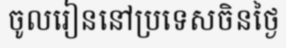
ចូលរៀននៅប្រទេសចិនថ្ងៃ